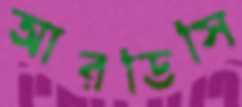
আরডিসি